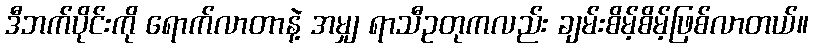
ဒီဘက်ပိုင်းကို ရောက်လာတာနဲ့ အမျှ ရာသီဥတုကလည်း ချမ်းစိမ့်စိမ့်ဖြစ်လာတယ်။